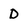
Character: D